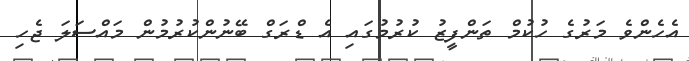
އެހެންވެ މަރުގެ ހުކުމް ތަންފީޒު ކުރުމުގައި އެ ޑްރަގް ބޭނުންކުރުމުން މައްސަލަ ޖެހި